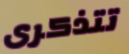
تتذكرى